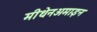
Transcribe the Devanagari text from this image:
मीथेनअमाइन